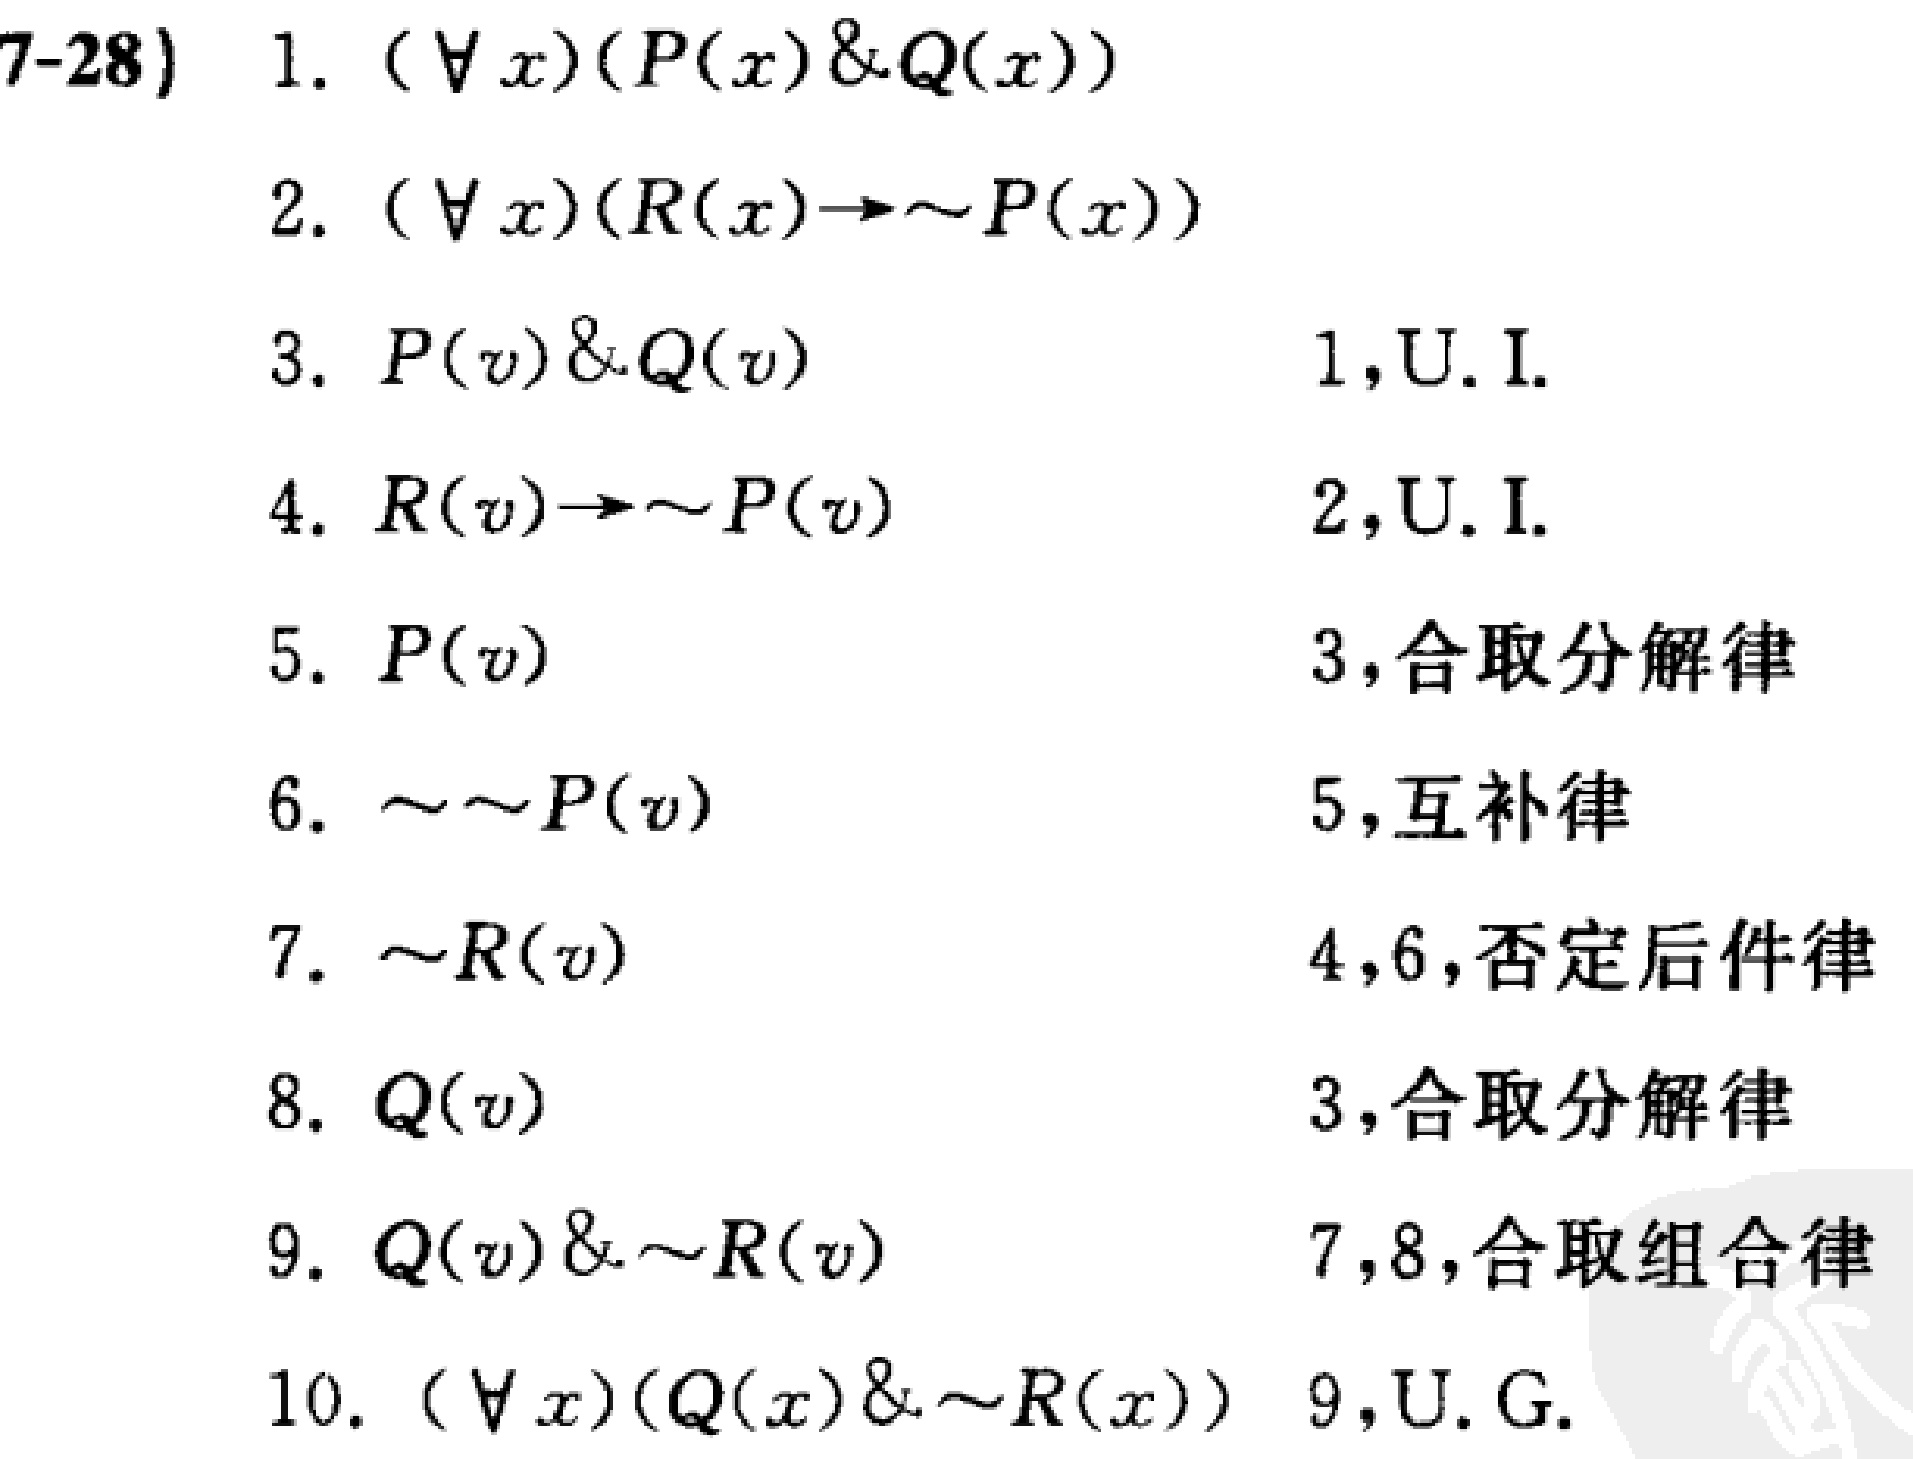
\begin{align*}
&\text{7-28) }1.\ (\forall x)(P(x)\&Q(x))\\
&2.\ (\forall x)(R(x)\to\sim P(x))\\
&3.\ P(v)\&Q(v)\quad\quad\quad\quad1,\text{U.I.}\\
&4.\ R(v)\to\sim P(v)\quad\quad\quad\quad2,\text{U.I.}\\
&5.\ P(v)\quad\quad\quad\quad\quad\quad3,\text{合取分解律}\\
&6.\ \sim\sim P(v)\quad\quad\quad\quad\quad5,\text{互补律}\\
&7.\ \sim R(v)\quad\quad\quad\quad\quad\quad4,6,\text{否定后件律}\\
&8.\ Q(v)\quad\quad\quad\quad\quad\quad3,\text{合取分解律}\\
&9.\ Q(v)\&\sim R(v)\quad\quad\quad\quad7,8,\text{合取组合律}\\
&10.\ (\forall x)(Q(x)\&\sim R(x))\quad9,\text{U.G.}
\end{align*}